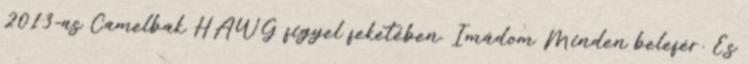
2013-as Camelbak HAWG figyel feketében. Imádom Minden belefér. És